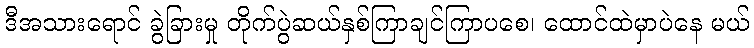
ဒီအသားရောင် ခွဲခြားမှု တိုက်ပွဲဆယ်နှစ်ကြာချင်ကြာပစေ၊ ထောင်ထဲမှာပဲနေ မယ်